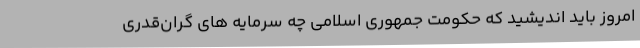
امروز باید اندیشید که حکومت جمهوری اسلامی چه سرمایه های گران‌قدری